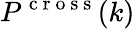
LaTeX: P^{\mathrm{~c~r~o~s~s~}}(k)